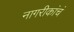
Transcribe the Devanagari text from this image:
नागरीकांचं